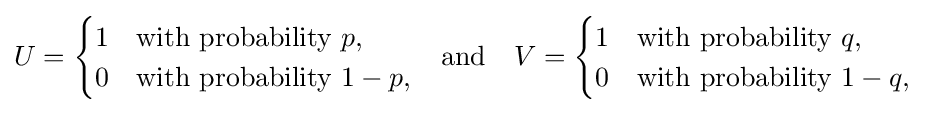
{\begin{matrix}U={\begin{cases}1&{\text{with probability }}p,\\0&{\text{with probability }}1-p,\end{cases}}&{\mbox{and}}&V={\begin{cases}1&{\text{with probability }}q,\\0&{\text{with probability }}1-q,\end{cases}}\end{matrix}}